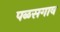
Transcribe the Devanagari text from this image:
पळसगाव